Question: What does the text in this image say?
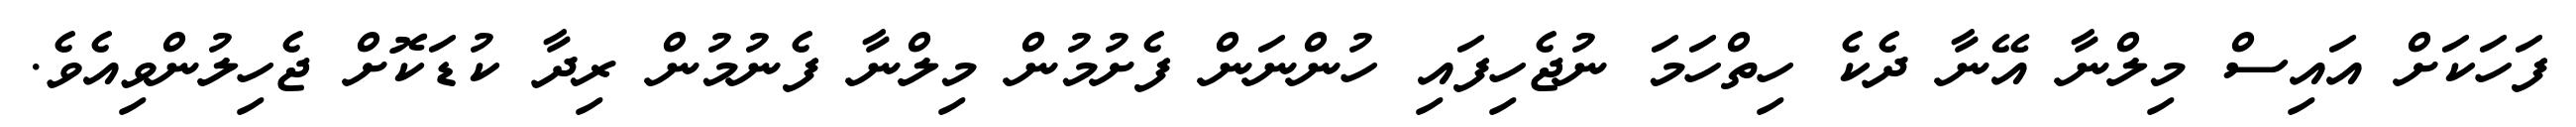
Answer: ފަހަކަށް އައިސް މިލްނާ އޭނާ ދެކެ ހިތްހަމަ ނުޖެހިފައި ހުންނަން ފެށުމުން މިލްނާ ފެނުމުން ރިދާ ކުޑަކޮށް ޖެހިލުންވިއެވެ.